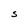
Character: s